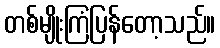
တစ်မျိုးကြံပြန်တော့သည်။